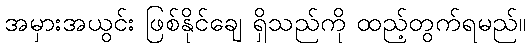
အမှားအယွင်း ဖြစ်နိုင်ချေ ရှိသည်ကို ထည့်တွက်ရမည်။